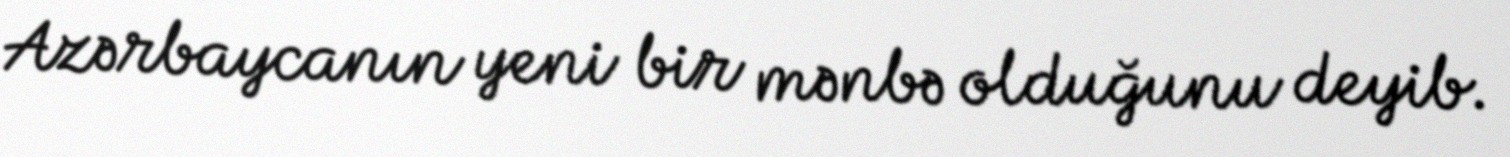
Azərbaycanın yeni bir mənbə olduğunu deyib.